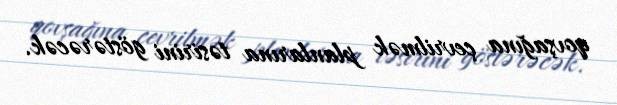
qovşağına çevrilmək planlarına təsirini göstərəcək.